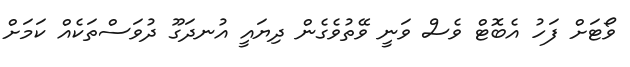
ވޯޓަށް ފަހު އެބޮޓް ވެސް ވަނީ ވޭތުވެގެން ދިޔައީ އުނދަގޫ ދުވަސްތަކެއް ކަމަށް